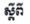
ស្តីពី